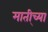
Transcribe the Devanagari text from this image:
माती्च्या